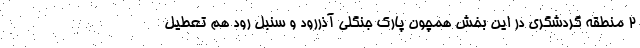
۲ منطقه گردشگری در این بخش همچون پارک جنگلی آذررود و سنبل رود هم تعطیل